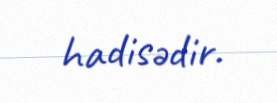
hadisədir.